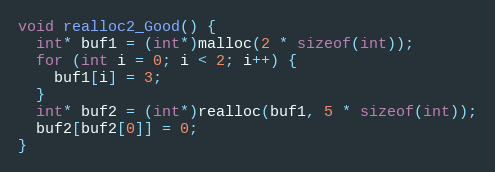
Language: C++
void realloc2_Good() {
  int* buf1 = (int*)malloc(2 * sizeof(int));
  for (int i = 0; i < 2; i++) {
    buf1[i] = 3;
  }
  int* buf2 = (int*)realloc(buf1, 5 * sizeof(int));
  buf2[buf2[0]] = 0;
}